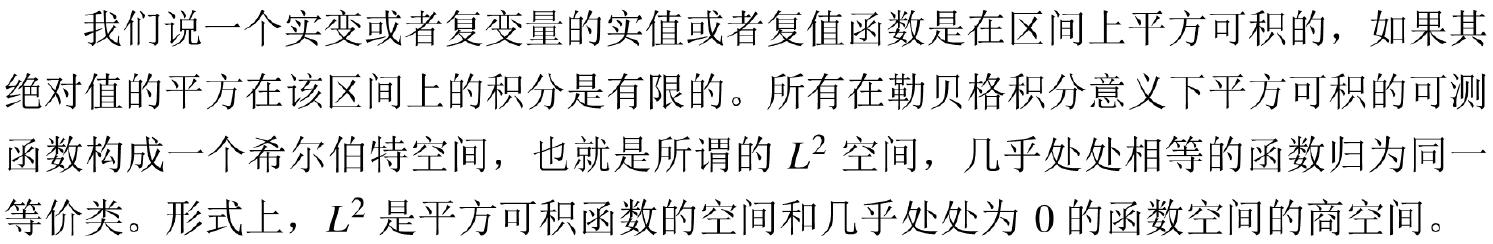
我们说一个实变或者复变量的实值或者复值函数是在区间上平方可积的，如果其绝对值的平方在该区间上的积分是有限的。所有在勒贝格积分意义下平方可积的可测函数构成一个希尔伯特空间，也就是所谓的$L^{2}$空间，几乎处处相等的函数归为同一等价类。形式上，$L^{2}$是平方可积函数的空间和几乎处处为$0$的函数空间的商空间。